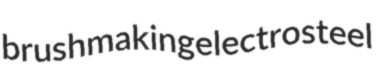
brushmaking electrosteel